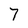
Character: 7